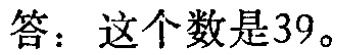
答：这个数是39。